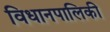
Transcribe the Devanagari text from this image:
विधानपालिकी